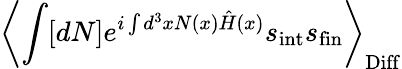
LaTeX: \left\langle\int[dN]e^{i\int d^{3}xN(x){\hat{H}}(x)}s_{\mathrm{int}}s_{\mathrm{fin}}\right\rangle_{\mathrm{Diff}}